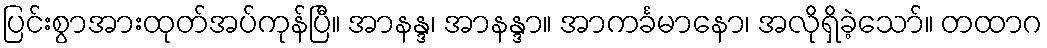
ပြင်းစွာအားထုတ်အပ်ကုန်ပြီ။ အာနန္ဒ၊ အာနန္ဒာ။ အာကင်္ခမာနော၊ အလိုရှိခဲ့သော်။ တထာဂ